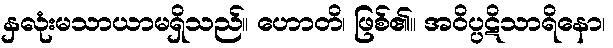
နှလုံးမသာယာမရှိသည်။ ဟောတိ၊ ဖြစ်၏။ အဝိပ္ပဋိသာရိနော၊